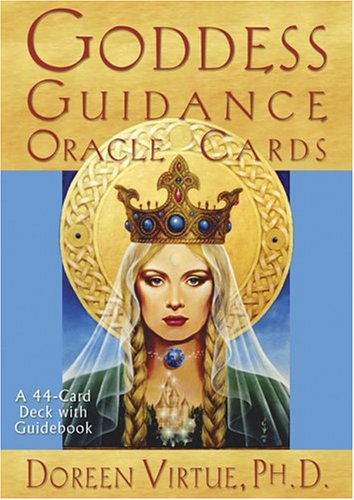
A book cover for Goddess Guidance Oracle Cards; Doreen Virtue; Religion & Spirituality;